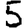
Digit: 5